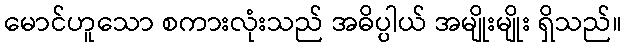
မောင်ဟူသော စကားလုံးသည် အဓိပ္ပါယ် အမျိုးမျိုး ရှိသည်။